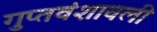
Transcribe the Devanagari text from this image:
गुप्तवंशावली